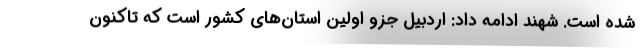
شده است. شهند ادامه داد: اردبیل جزو اولین استان‌های کشور است که تاکنون